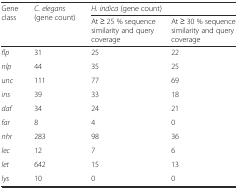
| <ROWSPAN=2> Gene class | <ROWSPAN=2> C. elegans (gene count) | <COLSPAN=2> H. indica (gene count) |
 | At ≥ 25 % sequence similarity and query coverage | At ≥ 30 % sequence similarity and query coverage |
 | --- | --- | --- | --- |
 | flp | 31 | 25 | 22 |
 | nlp | 44 | 35 | 25 |
 | unc | 111 | 77 | 69 |
 | ins | 39 | 33 | 18 |
 | daf | 34 | 24 | 21 |
 | far | 8 | 4 | 0 |
 | nhr | 283 | 98 | 36 |
 | lec | 12 | 7 | 6 |
 | let | 642 | 15 | 13 |
 | lys | 10 | 0 | 0 |